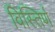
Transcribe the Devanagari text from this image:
विस्तिर्ण